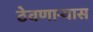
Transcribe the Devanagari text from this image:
ठेवणाऱ्यास